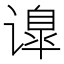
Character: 𰶅